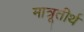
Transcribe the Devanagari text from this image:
मात्रूतीर्थ